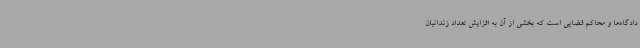
دادگاه‌ها و محاکم قضایی است که بخشی از آن به افزایش تعداد زندانیان